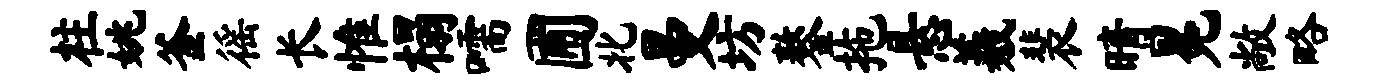
柱姚釜徭长惟榻嚅圃北曼坊鏊拖悬羲裴晴冕敞略